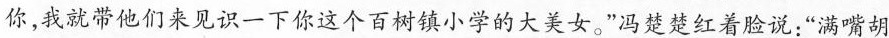
你，我就带他们来见识一下你这个百树镇小学的大美女。”冯楚楚红着脸说:“满嘴胡